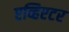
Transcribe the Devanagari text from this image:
एव्हिएटर